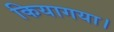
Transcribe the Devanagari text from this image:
कियागया।